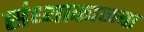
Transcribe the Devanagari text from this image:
संध्याकाळचा